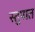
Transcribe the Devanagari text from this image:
स्तुपात